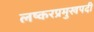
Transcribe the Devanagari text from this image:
लष्करप्रमुखपदी